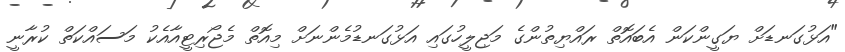
"އަޅުގަނޑަށް ޔަގީންކަން އެބައޮތް ރައްޔިތުންގެ މަޖިލީހުގައި އަޅުގަނޑުމެންނަށް މިއޮތް މެޖޯރިޓީއާއެކު މަސައްކަތް ކުރާނީ